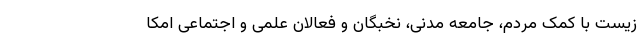
زیست با کمک مردم، جامعه مدنی، نخبگان و فعالان علمی و اجتماعی امکا